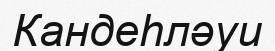
Кандеһләуи